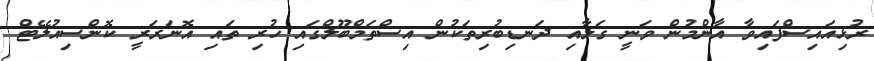
ރުޅިއައިސްފައިވާ އާންމުން ވަނީ ގަލާއި ދަނޑިބުރިތަކުން އިސްތަމްބޫލްގައި ހުރި ތައި އޮނަރަރީ ކޮންސިއުލޭޓް